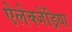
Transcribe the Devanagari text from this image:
ऐलेक्जेंड्रिया